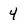
Character: 4